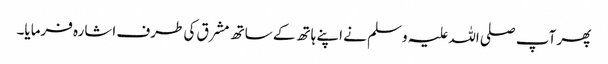
پھر آپ صلی اللہ علیہ وسلم نے اپنے ہاتھ کے ساتھ مشرق کی طرف اشارہ فرمایا۔